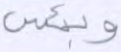
وبئس